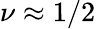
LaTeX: \nu\approx 1/2